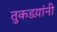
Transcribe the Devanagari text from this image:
तुकडय़ांनी